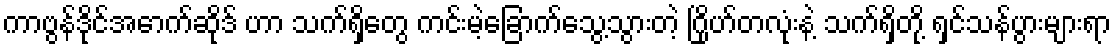
ကာဗွန်ဒိုင်အောက်ဆိုဒ် ဟာ သက်ရှိတွေ ကင်းမဲ့ခြောက်သွေ့သွားတဲ့ ဂြိုဟ်တလုံးနဲ့ သက်ရှိတို့ ရှင်သန်ပွားများရာ